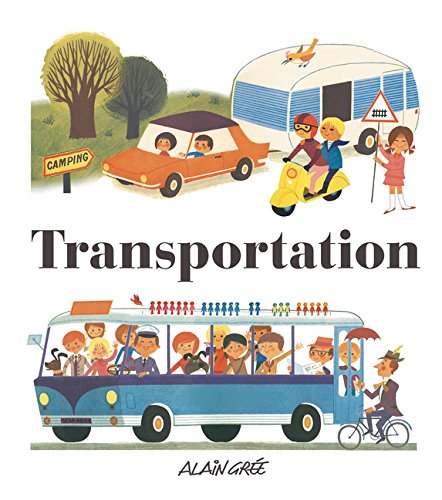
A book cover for Transportation; Alain GrÃ©e; Children's Books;